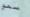
سمو